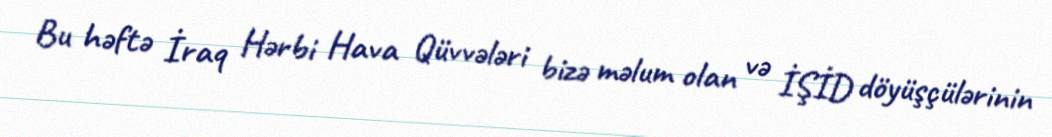
Bu həftə İraq Hərbi Hava Qüvvələri bizə məlum olan və İŞİD döyüşçülərinin